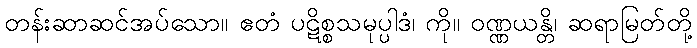
တန်းဆာဆင်အပ်သော။ ဧတံ ပဋိစ္စသမုပ္ပါဒံ၊ ကို။ ဝဏ္ဏယန္တိ၊ ဆရာမြတ်တို့